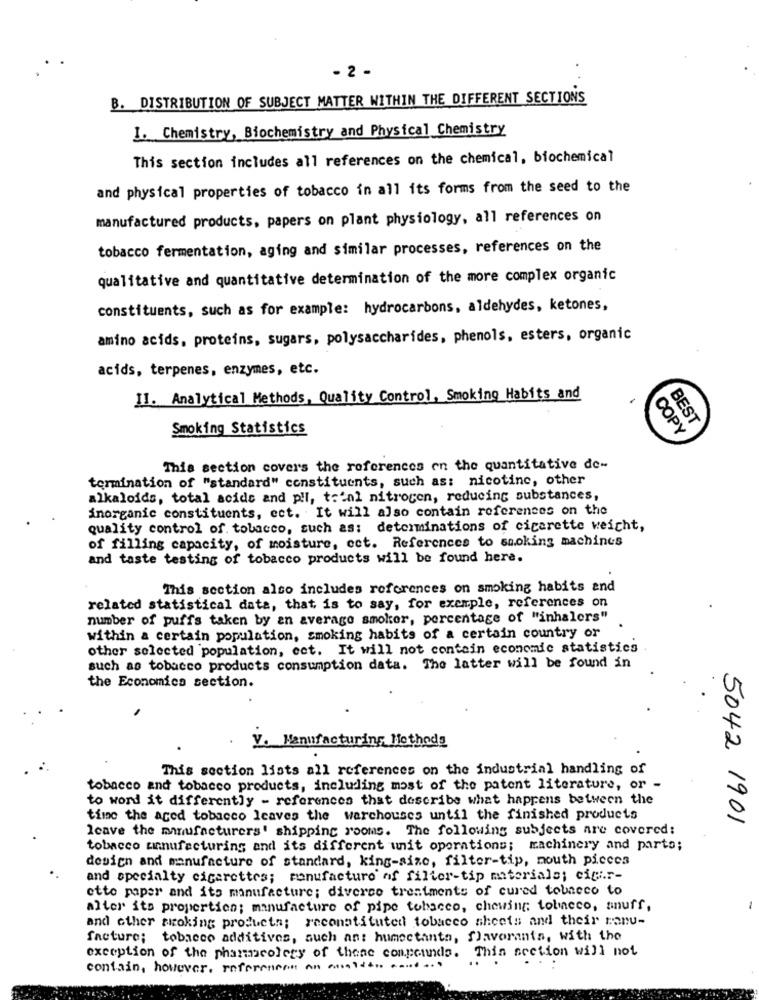
- 2 -
B. DISTRIBUTION OF SUBJECT MATTER WITHIN THE DIFFERENT SECTIONS
1. Chemistry, Biochemistry and Physical Chemistry
This section includes all references on the chemical, biochemical
and physical properties of tobacco in all its forms from the seed to the
manufactured products, papers on plant physiology, all references on
tobacco fermentation, aging and similar processes, references on the
qualitative and quantitative determination of the more complex organic
constituents, such as for example: hydrocarbons, aldehydes, ketones,
amino acids, proteins, sugars, polysaccharides, phenols, esters, organic
acids, terpenes, enzymes, etc.
II. Analytical Methods, Quality Control, Smoking Habits and
Smoking Statistics
Copy
This section covers the references on the quantitative de-
termination of "standard" constituents, such as: nicotine, other
alkaloids, total acide and pll, total nitrogen, reducing substances,
inorganic constituents, ect. It will also contain references on the
quality control of tobacco, such as: determinations of cigarette weicht,
of filling capacity, of moisture, ect. References to smoking machines
and taste testing of tobacco products will be found here.
This section also includes references on smoking habits and
related statistical data, that is to say, for exemple, references on
number of puffs taken by an average smoker, percentage of "inhalers"
within a certain population, smoking habits of a certain country or
other selected population, ect. It will not contain economic statistics
such as tobacco products consumption data. The latter will be found in
the Economica section.
V. Manufacturing Methods
This section lists all references on the industrial handling of
tobacco and tobacco products, including most of the patent literature, or -
to word it differently - references that describe what happens between the
time the ared tobacco leaves the warchouses until the finished products
5042 1901
leave the manufacturers' shipping rooms. The following subjects are covered:
tobacco annufacturing and its different unit operations; machinery and parts;
design and manufacture of standard, king-size, filter-tip, mouth pieces
and specialty cigarettes; ronufacture of filter-tip materiale; cigir-
etto paper and its manufacture; diverso treatments of cured tobacco to
alter its properties; manufacture of pipe tobacco, chewing; tobacco, snuff,
and other awoking products; reconstituted tobacco sheets and their ranu-
facture; tobacco additives, such an: humectanta, favoranis, with the
exception of the pharmacolers of these compounds. This section will not
.
contain, however, references on estda